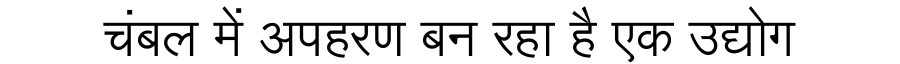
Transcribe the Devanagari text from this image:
चंबल में अपहरण बन रहा है एक उद्योग